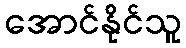
အောင်နိုင်သူ